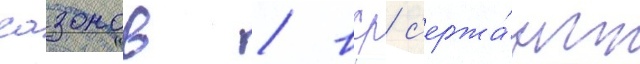
сазонов / вср с'ержа́нт